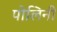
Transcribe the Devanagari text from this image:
पोलिनी